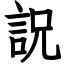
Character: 詋